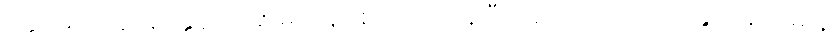
ရခိုင်မှာကုန်ဈေးနှုန်းအဆမတန်ဈေးတက်နေပြီး အလုပ်အကိုင်အခွင့်အလမ်းနဲ့